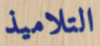
التلاميذ